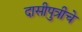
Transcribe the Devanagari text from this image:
दासीपुत्रीचे